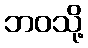
ဘဝသို့